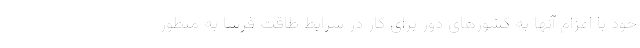
خود با اعزام آنها به کشورهای دور برای کار در شرایط طاقت فرسا به منظور